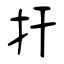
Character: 扞